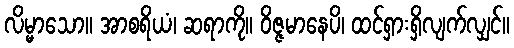
လိမ္မာသော။ အာစရိယံ၊ ဆရာကို။ ဝိဇ္ဇမာနေပိ၊ ထင်ရှားရှိလျက်လျှင်။